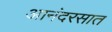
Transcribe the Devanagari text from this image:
आनंदरसात